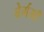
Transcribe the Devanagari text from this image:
बेर्गसाँ